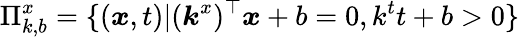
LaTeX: \Pi_{k,b}^{x}=\{ (\boldsymbol{x},t)|(\boldsymbol{k}^{x})^{\top}\boldsymbol{x}+b=0,k^{t}t+b>0\}